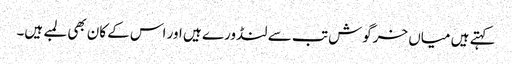
کہتے ہیں میاں خرگوش تب سے لنڈورے ہیں اور اس کے کان بھی لمبے ہیں۔